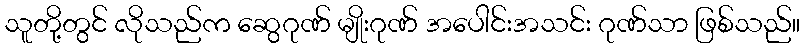
သူတို့တွင် လိုသည်က ဆွေဂုဏ် မျိုးဂုဏ် အပေါင်းအသင်း ဂုဏ်သာ ဖြစ်သည်။